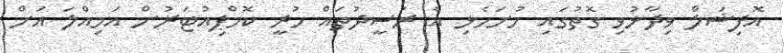
އޮފިޝަލް ވިދާޅުވި ގޮތުގައި ހުށަހެޅި އެ ރަސީދުތައް ހުރީ ކޮމްޕިއުޓަރުން އަމިއްލަ އަށް